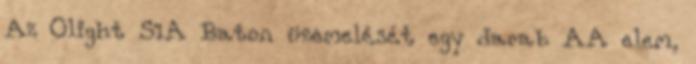
Az Olight S1A Baton üzemelését egy darab AA elem,